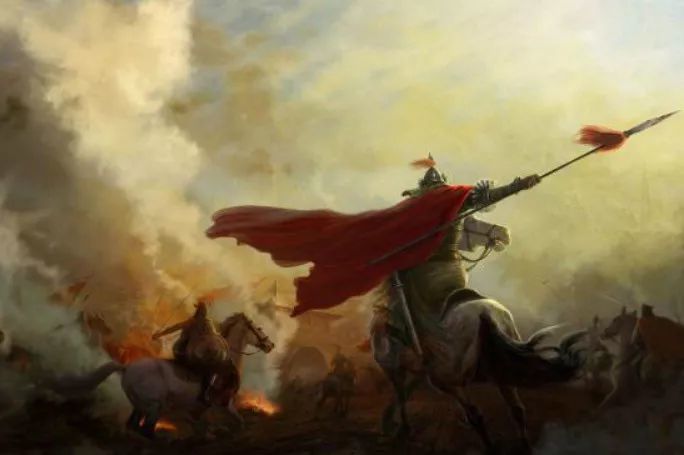
只解沙场为国死，何须马革裹尸还。